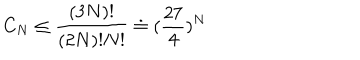
C _ { N } \leq \frac { ( 3 N ) ! } { ( 2 N ) ! N ! } \doteq ( \frac { 2 7 } { 4 } ) ^ { N }